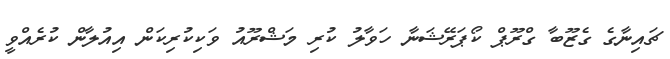
ޗައިނާގެ ގެޒޫބާ ގްރޫޕް ކޯޕަރޭޝަނާ ހަވާލު ކުރި މަޝްރޫއު ވަކިކުރިކަން އިއުލާން ކުރެއްވީ